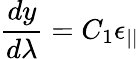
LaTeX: \frac{dy}{d\lambda}=C_{1}\epsilon_{||}